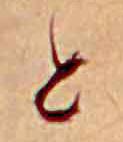
と